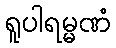
ရူပါရမ္မဏံ